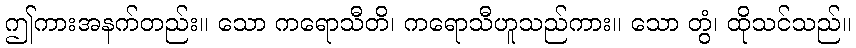
ဤကားအနက်တည်း။ သော ကရောသီတိ၊ ကရောသီဟူသည်ကား။ သော တွံ၊ ထိုသင်သည်။